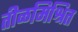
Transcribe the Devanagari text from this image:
तीळमिश्रित